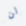
لن